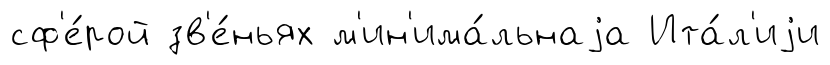
сф'е́рой зв'е́ньях м'ин'има́льнаjа Ита́л'иjи